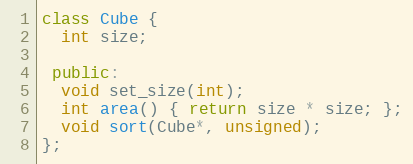
Language: C++
class Cube {
  int size;

 public:
  void set_size(int);
  int area() { return size * size; };
  void sort(Cube*, unsigned);
};